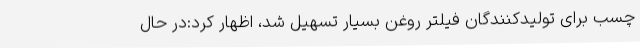
چسب برای تولیدکنندگان فیلتر روغن بسیار تسهیل شد، اظهار کرد:در حال